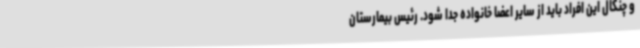
و چنگال این افراد باید از سایر اعضا خانواده جدا شود. رئیس بیمارستان